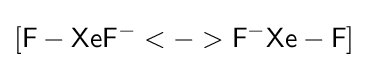
{[{\mathsf {F-XeF^{-}<->F^{-}Xe-F}}]}